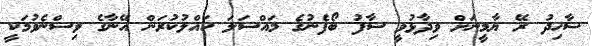
ޝާހިދު ރޭ ޔާމީނަށް ވިދާޅުވީ ސާފު ބޯފެނުގެ މައްސަލަ ހައްލުކުރަން އޭނާގެ ވިސްނެވުމަކީ